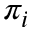
\pi _ { i }